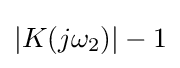
|K(j\omega _{2})|-1